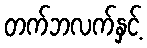
တက်ဘလက်နှင့်